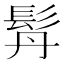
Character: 𩬅